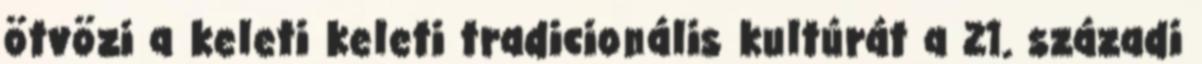
ötvözi a keleti keleti tradicionális kultúrát a 21. századi